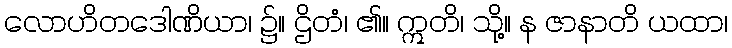
လောဟိတဒေါဏိယာ၊ ၌။ ဌိတံ၊ ၏။ ဣတိ၊ သို့။ န ဇာနာတိ ယထာ၊